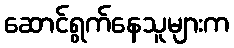
ဆောင်ရွက်နေသူများက